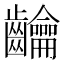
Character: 𮯘